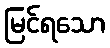
မြင်ရသော